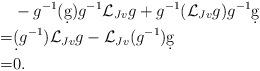
LaTeX: \begin{align*}&-g^{-1}(\d g) g^{-1}\mathcal{L}_{Jv}g+g^{-1}(\mathcal{L}_{Jv}g)g^{-1}\d g \\=& \d(g^{-1})\mathcal{L}_{Jv}g-\mathcal{L}_{Jv}(g^{-1})\d g\\=&0.\end{align*}